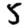
Digit: 5